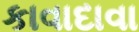
કાવાદાવા